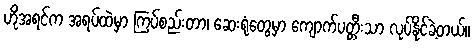
ဟိုအရင်က အရပ်ထဲမှာ ကြပ်စည်းတာ၊ ဆေးရုံတွေမှာ ကျောက်ပတ္တီးသာ လုပ်နိုင်ခဲ့တယ်။